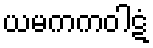
ယမကကဝါဋံ